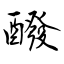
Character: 醱